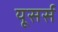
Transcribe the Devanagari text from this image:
यूसर्स